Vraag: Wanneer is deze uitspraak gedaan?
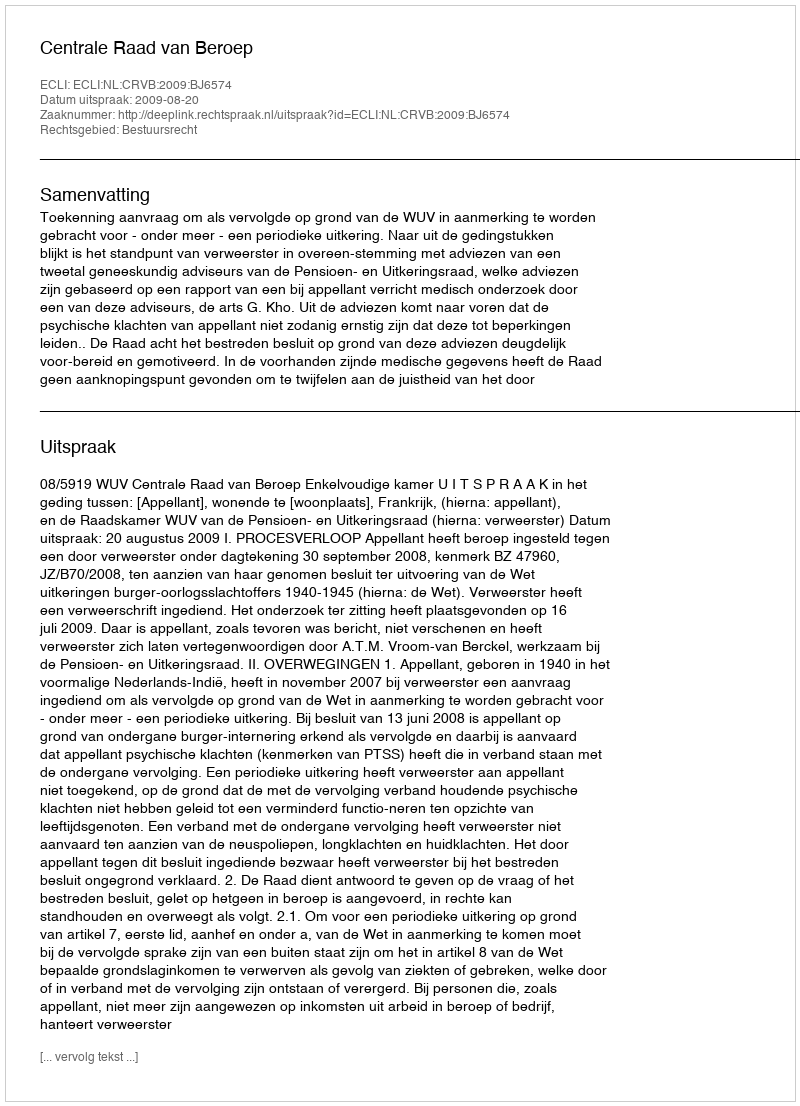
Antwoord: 2009-08-20